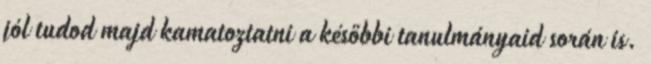
jól tudod majd kamatoztatni a későbbi tanulmányaid során is.